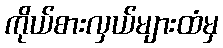
ကိုယ်စားလှယ်များထံမှ